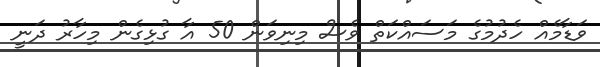
ވަޑާމެއް ހެދުމުގެ މަސައްކަތް ވެސް މިނިވަން 50 އާ ގުޅިގެން މިހާރު ދަނީ